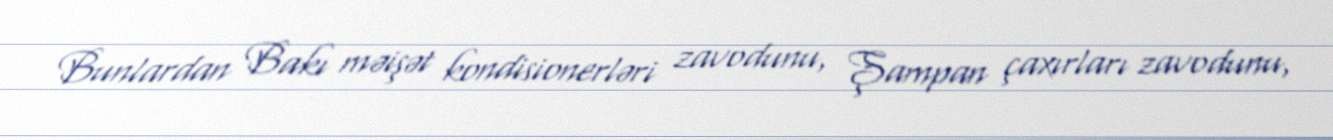
Bunlardan Bakı məişət kondisionerləri zavodunu, Şampan çaxırları zavodunu,